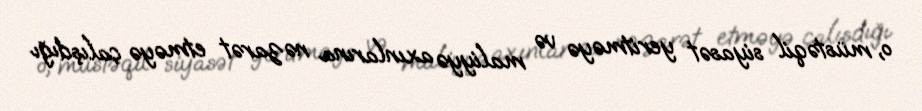
o, müstəqil siyasət yeritməyə və maliyyə axınlarına nəzarət etməyə çalışdığı